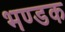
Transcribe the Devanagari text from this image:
भण्डक